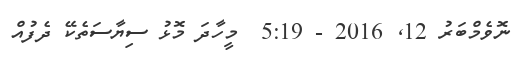
ނޮވެމްބަރު 12